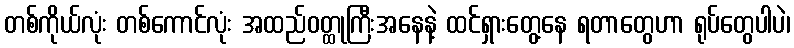
တစ်ကိုယ်လုံး တစ်ကောင်လုံး အထည်ဝတ္ထုကြီးအနေနဲ့ ထင်ရှားတွေ့နေ ရတာတွေဟာ ရုပ်တွေပါပဲ၊